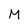
Character: M